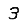
Digit: 3